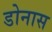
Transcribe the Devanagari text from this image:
डोनास